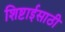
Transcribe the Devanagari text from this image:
शिष्टाईसाठी